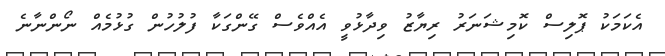
އެކަމަކު ޕޮލިސް ކޮމިޝަނަރު ރިޔާޒު ވިދާޅުވީ އެއްވެސް ގޭންގަކާ ފުލުހުން ގުޅުމެއް ނޯންނާނެ